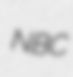
NBC